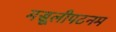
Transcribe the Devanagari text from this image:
मसूलीपटनम